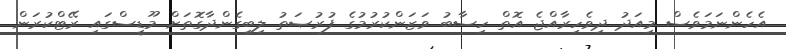
އެހެންނަމަވެސް މިއަދު ދިވެހިރާއްޖެ އޮތް ހިސާބު ވަޒަންކުރުމުގެ ފުރުޞަތު ލިބިގެންދާގޮތަށް މޫޑީސްގައި ރޭޓްކުރަން